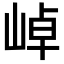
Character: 𭖭